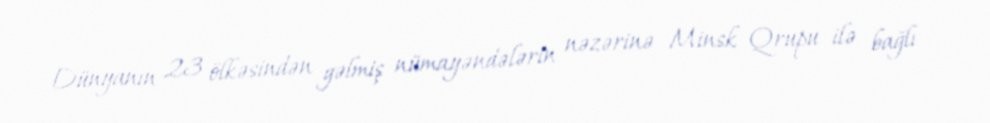
Dünyanın 23 ölkəsindən gəlmiş nümayəndələrin nəzərinə Minsk Qrupu ilə bağlı